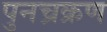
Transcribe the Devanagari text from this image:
पुनच्रक्रण